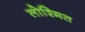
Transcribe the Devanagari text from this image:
लोश्मित